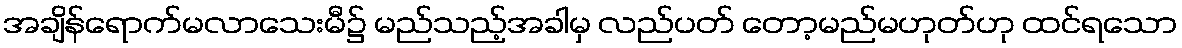
အချိန်ရောက်မလာသေးမီ၌ မည်သည့်အခါမှ လည်ပတ် တော့မည်မဟုတ်ဟု ထင်ရသော